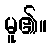
မူ၏။